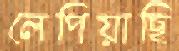
লেপিয়াছি